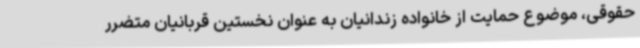
حقوقی، موضوع حمایت از خانواده زندانیان به عنوان نخستین قربانیان متضرر